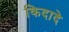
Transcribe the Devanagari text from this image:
किदादे